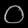
Digit: ၀